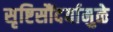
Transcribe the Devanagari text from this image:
सृष्टिसौंदर्यामुळे